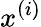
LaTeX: x^{(i)}